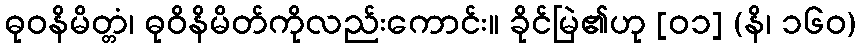
ဓုဝနိမိတ္တံ၊ ဓုဝိနိမိတ်ကိုလည်းကောင်း။ ခိုင်မြဲ၏ဟု [၀၁] (နိ၊ ၁၆၀)